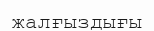
жалғыздығы